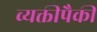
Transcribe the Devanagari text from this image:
व्यक्तीपैकी